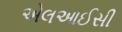
એલઆઈસી